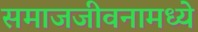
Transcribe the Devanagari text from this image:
समाजजीवनामध्ये